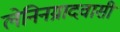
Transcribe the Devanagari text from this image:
लेनिनग्रादवासी